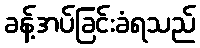
ခန့်အပ်ခြင်းခံရသည်